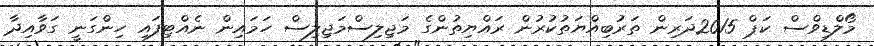
މޯލްޑިވްސް ކަޕް 2015ދަރިން ތަރުބިއްޔަތުކުރުން ރައްޔިތުންގެ މަޖިލިސްމަޖިލިސް ހަމައިން ނެއްޓިފައި ހިންގަނީ ގަވާއިދާ